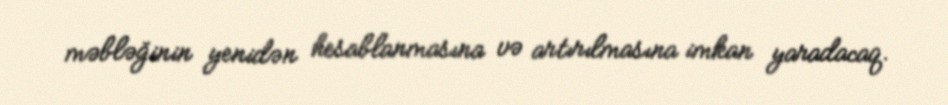
məbləğinin yenidən hesablanmasına və artırılmasına imkan yaradacaq.